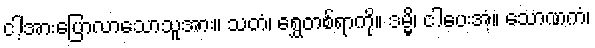
ငါ့အားပြောလာသောသူအား။ သတံ၊ ရွှေတစ်ရာကို။ ဒမ္မိ၊ ငါပေးအံ့။ သောဏကံ၊